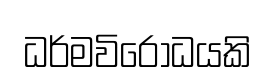
ධර්මවිරෝධයකි